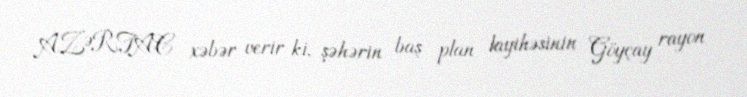
AZƏRTAC xəbər verir ki, şəhərin baş plan layihəsinin Göyçay rayon